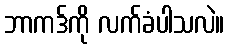
ဘာကဒ်ကို လက်ခံပါသလဲ။